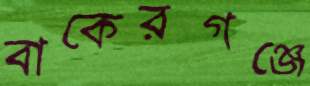
বাকেরগঞ্জে